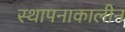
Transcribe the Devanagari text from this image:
स्थापनाकालीन